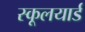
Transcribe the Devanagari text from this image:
स्कूलयार्ड